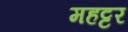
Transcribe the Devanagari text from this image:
महट्टर